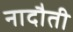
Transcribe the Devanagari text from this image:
नादौती